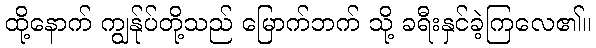
ထို့နောက် ကျွန်ုပ်တို့သည် မြောက်ဘက် သို့ ခရီးနှင်ခဲ့ကြလေ၏။